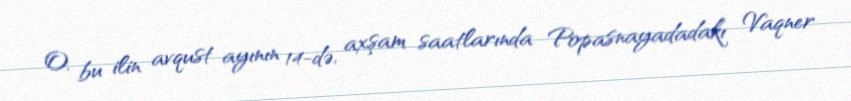
O, bu ilin avqust ayının 14-də, axşam saatlarında Popasnayadadakı Vaqner